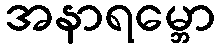
အနာရမ္ဘော